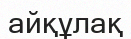
айқұлақ